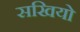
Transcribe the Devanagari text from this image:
सखियो